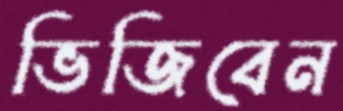
ভিজিবেন